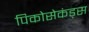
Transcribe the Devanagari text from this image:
पिकोसेकंड्स